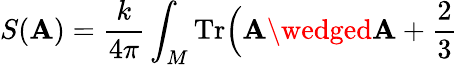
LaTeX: S(\mathbf{A})={\frac{{k}}{{4\pi}}}\int_{M}\mathrm{{Tr}}\Bigl(\mathbf{A}\wedged\mathbf{A}+{\frac{{2}}{{3}}}